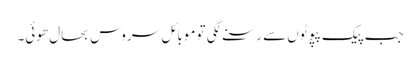
جب پیک پپوٹوں سے رسنے لگی تو موبائل سروس بحال ھوئی۔